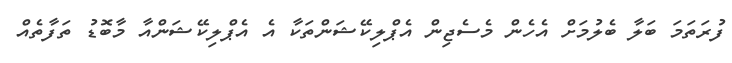
ފުރަތަމަ ބަލާ ބެލުމަށް އެހެން މެސެޖިން އެޕްލިކޭޝަންތަކާ އެ އެޕްލިކޭޝަންއާ މާބޮޑު ތަފާތެއް